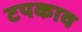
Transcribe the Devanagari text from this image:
टपकाव